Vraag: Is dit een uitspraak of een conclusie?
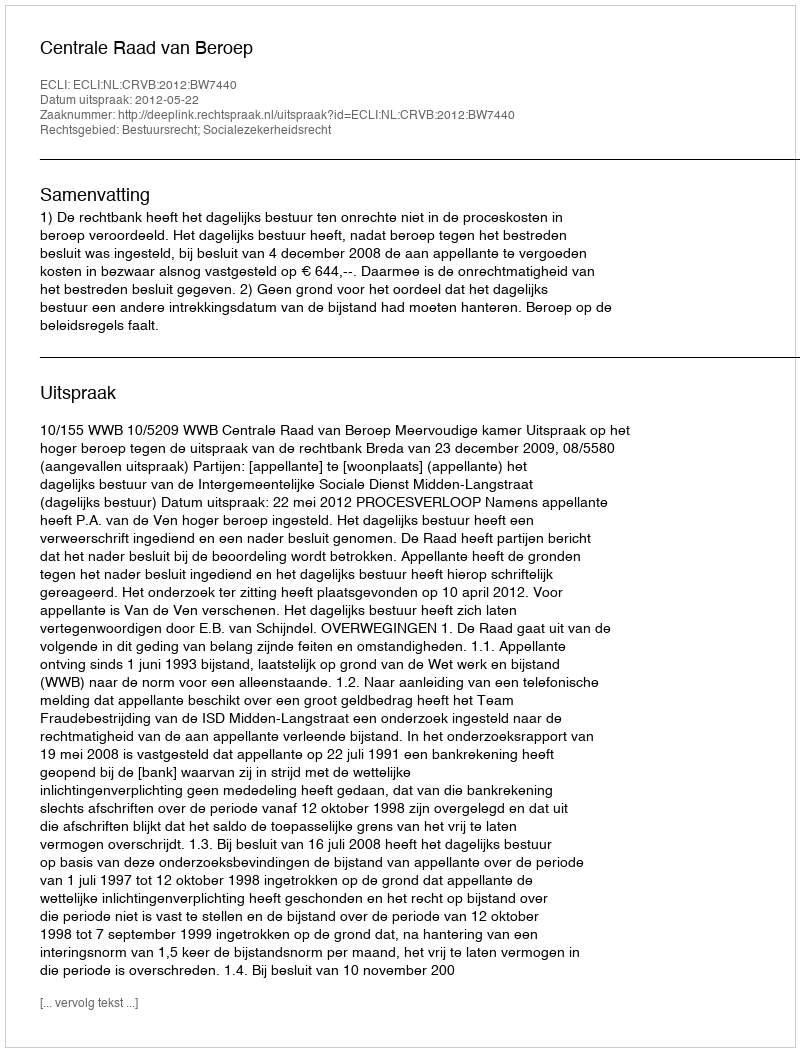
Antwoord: Uitspraak